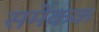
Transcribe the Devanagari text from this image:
समेकक